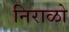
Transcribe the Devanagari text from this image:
निराळो